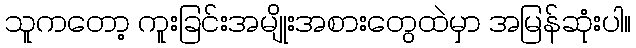
သူကတော့ ကူးခြင်းအမျိုးအစားတွေထဲမှာ အမြန်ဆုံးပါ။